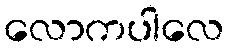
လောကပါလေ